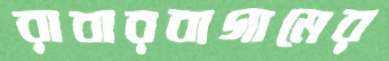
রাবারবাগামের